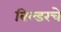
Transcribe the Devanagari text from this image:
बिल्डरचे